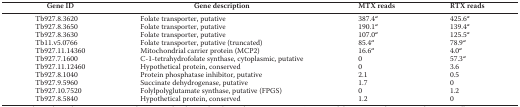
<table><thead><tr><td><b>Gene ID</b></td><td><b>Gene description</b></td><td><b>MTX reads</b></td><td><b>RTX reads</b></td></tr></thead><tbody><tr><td>Tb927.8.3620</td><td>Folate transporter, putative</td><td>387.4<i><sup>a</sup></i></td><td>425.6<i><sup>a</sup></i></td></tr><tr><td>Tb927.8.3650</td><td>Folate transporter, putative</td><td>190.1<i><sup>a</sup></i></td><td>139.4<i><sup>a</sup></i></td></tr><tr><td>Tb927.8.3630</td><td>Folate transporter, putative</td><td>107.0<i><sup>a</sup></i></td><td>125.5<i><sup>a</sup></i></td></tr><tr><td>Tb11.v5.0766</td><td>Folate transporter, putative (truncated)</td><td>85.4<i><sup>a</sup></i></td><td>78.9<i><sup>a</sup></i></td></tr><tr><td>Tb927.11.14360</td><td>Mitochondrial carrier protein (MCP2)</td><td>16.6<i><sup>a</sup></i></td><td>4.0<i><sup>a</sup></i></td></tr><tr><td>Tb927.7.1600</td><td>C-1-tetrahydrofolate synthase, cytoplasmic, putative</td><td>0</td><td>57.3<i><sup>a</sup></i></td></tr><tr><td>Tb927.11.12460</td><td>Hypothetical protein, conserved</td><td>0</td><td>3.6</td></tr><tr><td>Tb927.8.1040</td><td>Protein phosphatase inhibitor, putative</td><td>2.1</td><td>0.5</td></tr><tr><td>Tb927.9.5960</td><td>Succinate dehydrogenase, putative</td><td>1.7</td><td>0</td></tr><tr><td>Tb927.10.7520</td><td>Folylpolyglutamate synthase, putative (FPGS)</td><td>0</td><td>1.2</td></tr><tr><td>Tb927.8.5840</td><td>Hypothetical protein, conserved</td><td>1.2</td><td>0</td></tr></tbody></table>